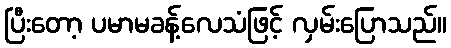
ပြီးတော့ ပမာမခန့်လေသံဖြင့် လှမ်းပြောသည်။